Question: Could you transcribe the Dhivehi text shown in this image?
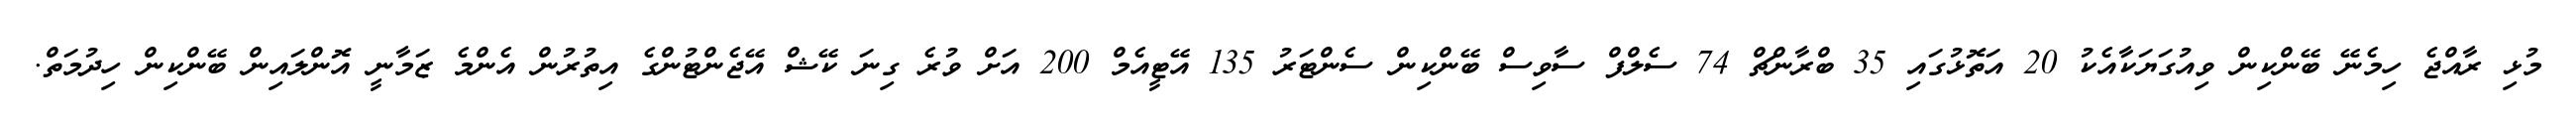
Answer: މުޅި ރާއްޖެ ހިމެނޭ ބޭންކިން ވިއުގަޔަކާއެކު 20 އަތޮޅުގައި 35 ބްރާންޗް 74 ސެލްފް ސާވިސް ބޭންކިން ސެންޓަރު 135 އޭޓީއެމް 200 އަށް ވުރެ ގިނަ ކޭޝް އޭޖެންޓުންގެ އިތުރުން އެންމެ ޒަމާނީ އޮންލައިން ބޭންކިން ހިދުމަތް.